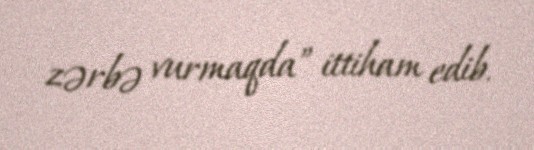
zərbə vurmaqda” ittiham edib.